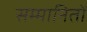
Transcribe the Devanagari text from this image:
सम्मानितों